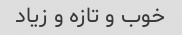
خوب و تازه و زیاد